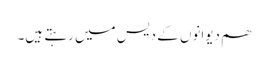
ھم دیوانوں کے دیس میں رہتے ہیں۔